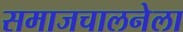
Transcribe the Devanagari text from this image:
समाजचालनेला